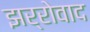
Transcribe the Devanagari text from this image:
झर्रोवाद